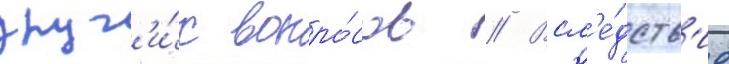
друг'и́х вопро́сов // Всл'е́дств'ие